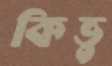
কিভু